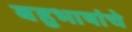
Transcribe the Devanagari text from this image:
बहुभाषांचे